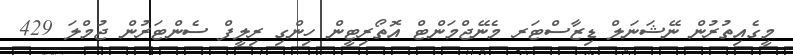
މީގެއިތުރުން ނޭޝަނަލް ޑިޒާސްޓަރ މެނޭޖްމަންޓް އޮތޯރިޓީން ހިންގި ރިލީފް ސެންޓަރުން ޖުމްލަ 429